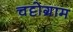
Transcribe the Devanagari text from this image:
चट्टोग्राम